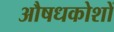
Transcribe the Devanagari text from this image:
औषधकोशों